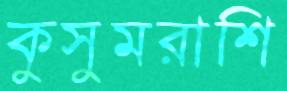
কুসুমরাশি